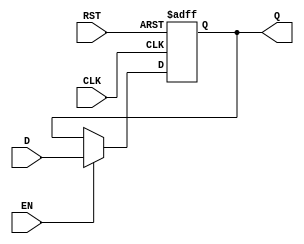
module BarrierRegister #(
    parameter WIDTH = 8  // Parameterized width for the data input/output
)(
    input  wire [WIDTH-1:0] D,    // Data input
    input  wire CLK,                // Clock signal
    input  wire EN,                 // Enable signal
    input  wire RST,                // Asynchronous reset signal
    output reg  [WIDTH-1:0] Q       // Data output
);

    // Asynchronous reset and data capture logic
    always @(posedge CLK or posedge RST) begin
        if (RST) begin
            Q <= {WIDTH{1'b0}};       // Clear the register to zero on reset
        end else if (EN) begin
            Q <= D;                   // Capture data on clock edge if enabled
        end
        // If EN is low, Q retains its previous value
    end

endmodule